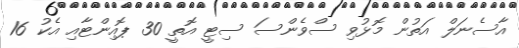
އާސެނަލް އަތުން މޮޅުވި ސްވެންސަ ސިޓީ އޮތީ 30 ޕޮއިންޓާއި އެކު 16